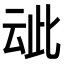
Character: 𬽁